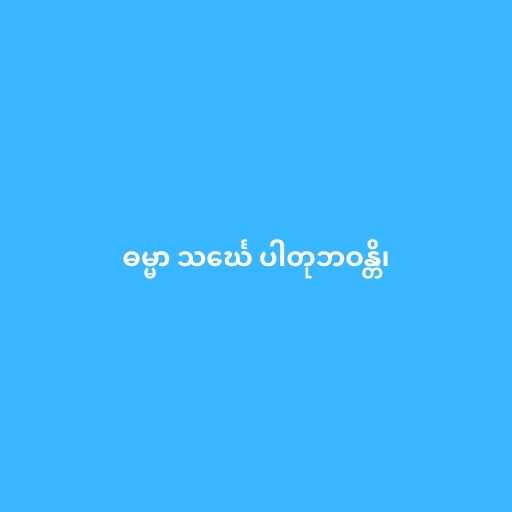
ဓမ္မာ သင်္ဃေ ပါတုဘဝန္တိ၊